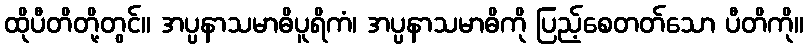
ထိုပီတိတို့တွင်။ အပ္ပနာသမာဓိပူရိကံ၊ အပ္ပနာသမာဓိကို ပြည့်စေတတ်သော ပီတိကို။